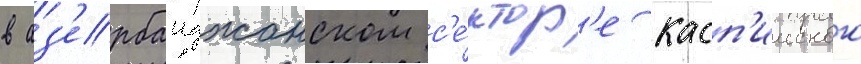
в аз'ербаиджанском с'е́ктор'е касп'ииского